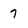
Character: 7